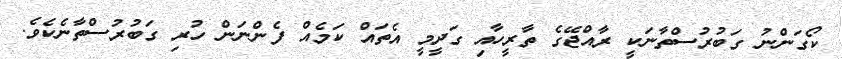
ކޯގަންނު ގަބުރުސްތާނަކީ ރާއްޖޭގެ ތާރީހާއި ގަދީމީ އެތައް ކަމެއް ފެންނަން ހުރި ގަބުރުސްތާނެކެވެ.